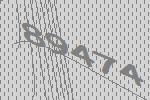
89474